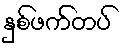
နှစ်ဖက်တပ်